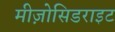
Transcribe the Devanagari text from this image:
मीज़ोसिडराइट